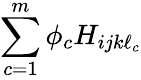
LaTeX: \sum_{c=1}^{m}\phi_{c}H_{ijk\ell_{c}}